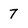
Character: 7